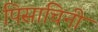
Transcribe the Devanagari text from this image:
पिसाचिनी